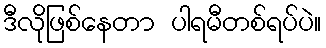
ဒီလိုဖြစ်နေတာ ပါရမီတစ်ရပ်ပဲ။